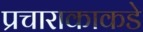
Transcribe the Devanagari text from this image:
प्रचाराकाकडे